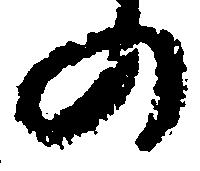
の